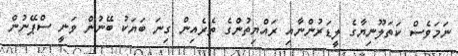
ނަމަވެސް ކަތަލޫނިޔާގެ ލީޑަރުންނާއި ރައްޔިތުންގެ ތެރެއިން ގިނަ ބަޔަކު ބޭނުން ވަނީ ސްޕޭނުން